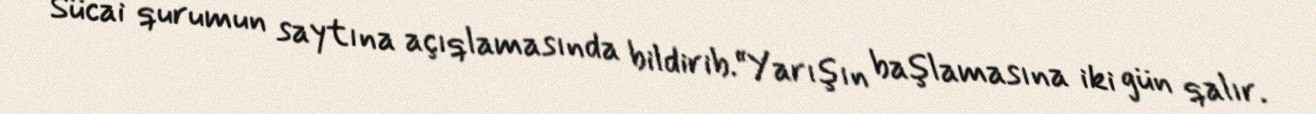
Sücai qurumun saytına açıqlamasında bildirib.“Yarışın başlamasına iki gün qalır.